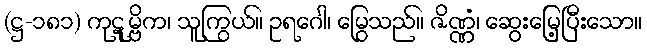
(ဋ္ဌ-၁၈၁) ကုဋုမ္ဗိက၊ သူကြွယ်။ ဥရဂေါ၊ မြွေသည်။ ဇိဏ္ဏံ၊ ဆွေးမြေ့ပြီးသော။